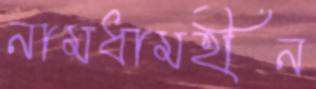
নামধামহীন